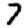
Digit: 7